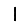
Digit: 1